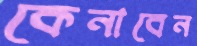
কেনাবেন